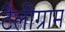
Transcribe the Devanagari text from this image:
टैलीग्राम